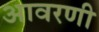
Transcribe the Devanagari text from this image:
आवरणी